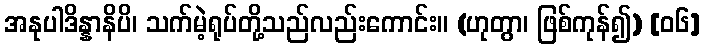
အနုပါဒိန္နာနိပိ၊ သက်မဲ့ရုပ်တို့သည်လည်းကောင်း။ (ဟုတွာ၊ ဖြစ်ကုန်၍) [၀၆]